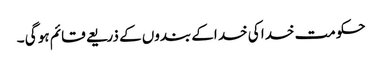
حکومت خدا کی خد اکے بندوں کے ذریعے قائم ہو گی ۔